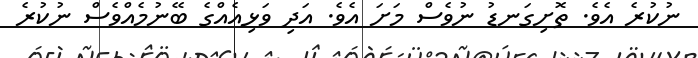
ނުކުރެ އެވެ. ތޮށިގަނޑު ނުވެސް މަށަ އެވެ. އަދި ވަޅިއެއްގެ ބޭނުމެއްވެސް ނުކުރެ